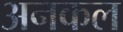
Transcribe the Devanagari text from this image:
अनकल